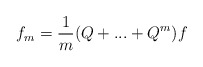
\begin{align*}f_{m}=\frac{1}{m}\mathbb{(}Q+...+Q^{m})f \end{align*}